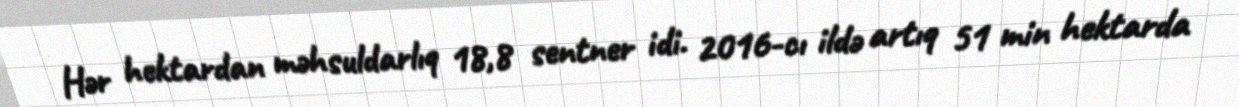
Hər hektardan məhsuldarlıq 18,8 sentner idi. 2016-cı ildə artıq 51 min hektarda